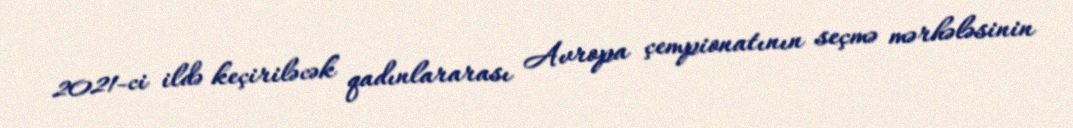
2021-ci ildə keçiriləcək qadınlararası Avropa çempionatının seçmə mərhələsinin